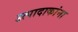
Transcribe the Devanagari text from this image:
उत्पादाकांना